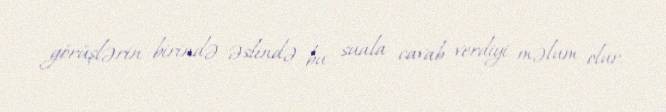
görüşlərin birində əslində bu suala cavab verdiyi məlum olur.